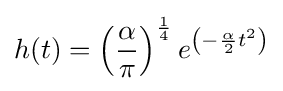
h(t)=\left({\frac {\alpha }{\pi }}\right)^{\frac {1}{4}}e^{\left(-{\frac {\alpha }{2}}t^{2}\right)}